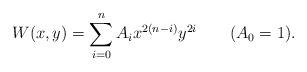
LaTeX: \begin{align*}W(x,y)=\sum_{i=0}^n A_i x^{2(n-i)} y^{2i}\qquad(A_0=1).\end{align*}